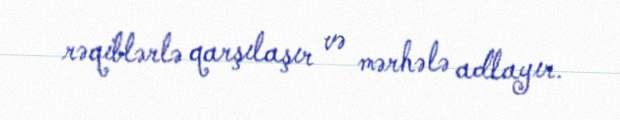
rəqiblərlə qarşılaşır və mərhələ adlayır.